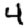
Digit: 4